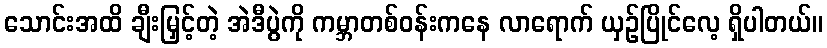
သောင်းအထိ ချီးမြှင့်တဲ့ အဲဒီပွဲကို ကမ္ဘာတစ်ဝန်းကနေ လာရောက် ယှဉ်ပြိုင်လေ့ ရှိပါတယ်။